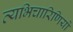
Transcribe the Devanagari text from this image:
व्यभिचारिणियों